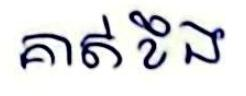
គាត់ខឹង